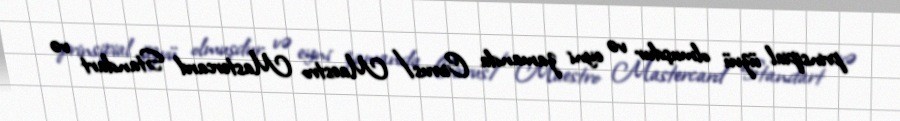
prinsipial üzvü olmuşdur və eyni zamanda Cirrus/Maestro Mastercard Standart və